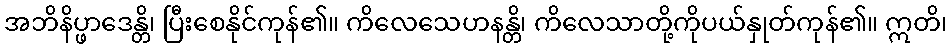
အဘိနိပ္ဖာဒေန္တိ၊ ပြီးစေနိုင်ကုန်၏။ ကိလေသေဟနန္တိ၊ ကိလေသာတို့ကိုပယ်နှုတ်ကုန်၏။ ဣတိ၊